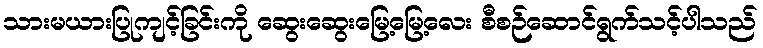
သားမယားပြုကျင့်ခြင်းကို ဆွေးဆွေးမြေ့မြေ့လေး စီစဉ်ဆောင်ရွက်သင့်ပါသည်